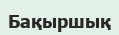
Бақыршық